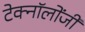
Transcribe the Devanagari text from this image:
टेक्नॉलोंजी